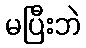
မပြီးဘဲ